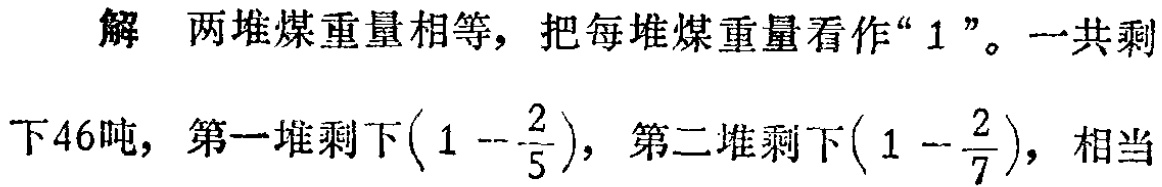
解 两堆煤重量相等，把每堆煤重量看作“$1$”。一共剩

下46吨，第一堆剩下$\left(1 - \frac{2}{5}\right)$，第二堆剩下$\left(1 - \frac{2}{7}\right)$，相当